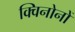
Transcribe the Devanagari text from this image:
क्विनोनों